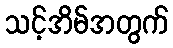
သင့်အိမ်အတွက်